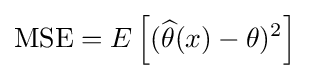
\mathrm {MSE} =E\left[({\widehat {\theta }}(x)-\theta )^{2}\right]